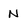
Character: N